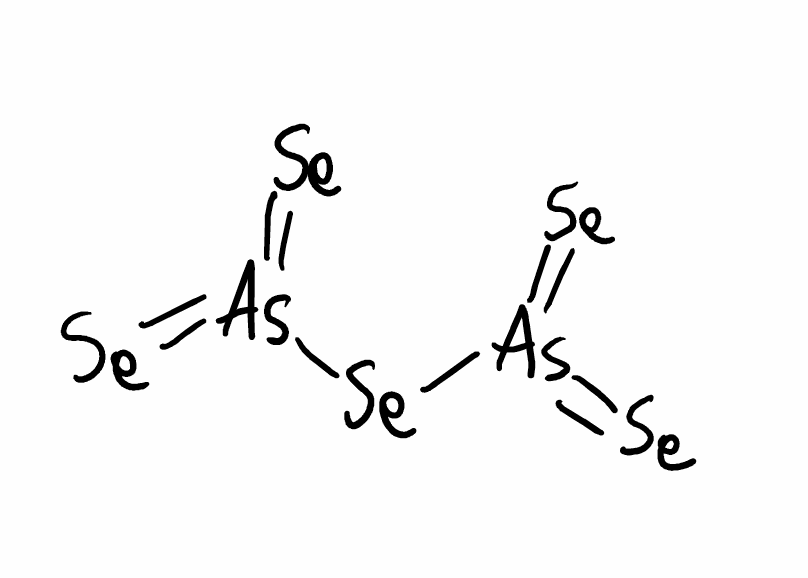
Simplified molecular-input line-entry system (SMILES) notation of the given molecule:
[As](=[Se])(=[Se])[Se][As](=[Se])=[Se]